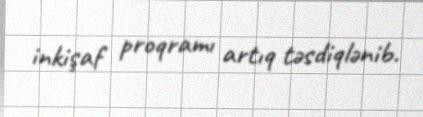
inkişaf proqramı artıq təsdiqlənib.